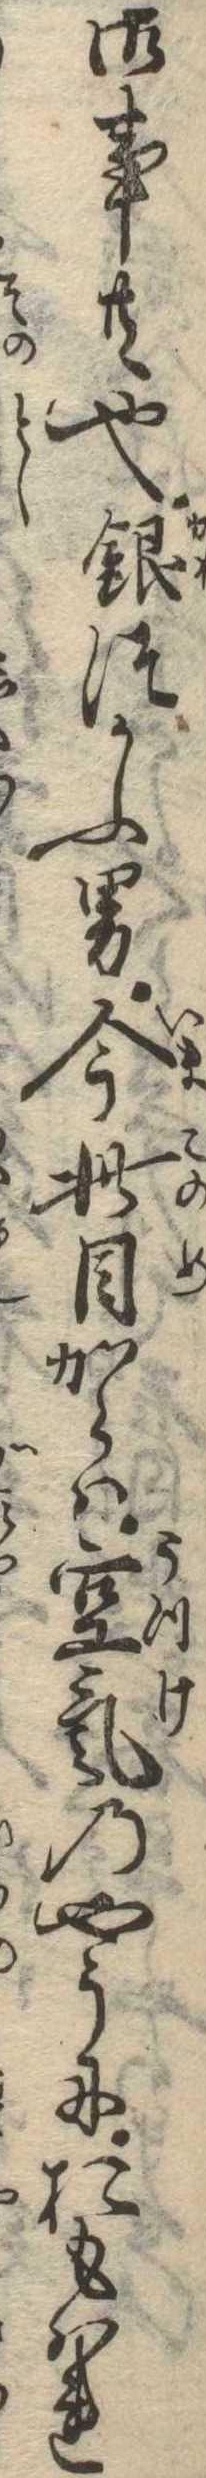
御事共也銀つかふ男今此目からは空気のやうにおもはれ